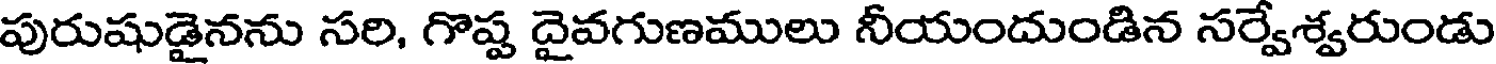
పురుషుడైనను సరి, గొష్ట దైవగుణములు నీయందుండిన సర్వేశ్వరుండు